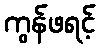
ကွန်ဖရင့်